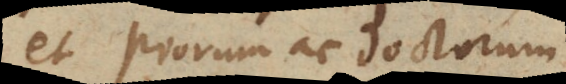
et piorum ac doctorum